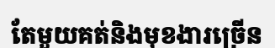
តែមួយគត់និងមុខងារច្រើន